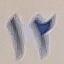
12